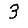
Digit: 3